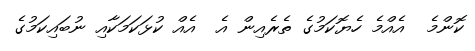
ކޮންމެ  އެއްމެ ހެޔޮކަމުގެ ތެރެއިން އެ  އެއް ކުޅަކަމަކާއި ނުބައިކަމުގެ